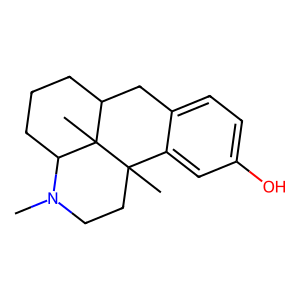
SMILES: CN1CCC2(C)c3cc(O)ccc3CC3CCCC1C32C
Inhibits HIV replication: No